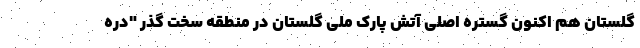
گلستان هم اکنون گستره اصلی آتش پارک ملی گلستان در منطقه سخت گذر "دره